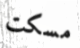
مسكت